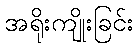
အရိုးကျိုးခြင်း